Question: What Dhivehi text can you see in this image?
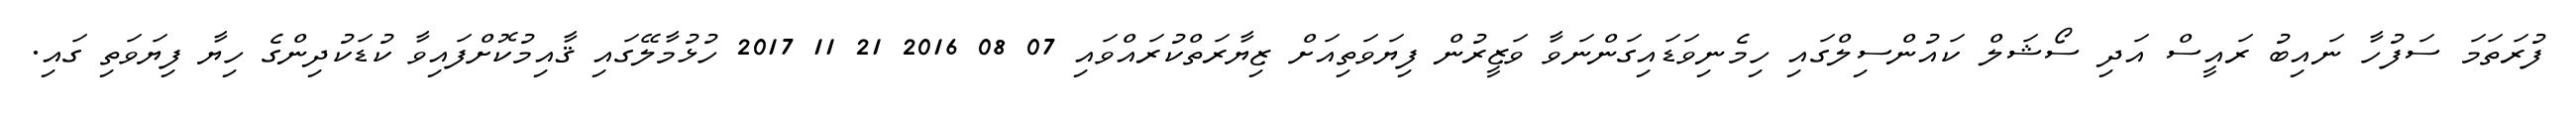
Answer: ފުރަތަމަ ސަފުހާ ނައިބު ރައީސް އަދި ސޯޝަލް ކައުންސިލްގައި ހިމެނިވަޑައިގަންނަވާ ވަޒީރުން ފިޔަވަތިއަށް ޒިޔާރަތްކުރައްވައި 07 08 2016 21 11 2017 ހުޅުމާލޭގައި ޤާއިމުކޮށްފައިވާ ކުޑަކުދިންގެ ހިޔާ ފިޔަވަތި ގައި.